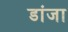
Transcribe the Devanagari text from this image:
डांजा